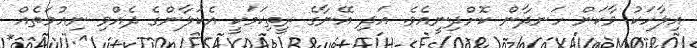
އިލާހަކު ވާކަން ހަނދާން ކޮށްދިނީއެވެ. އަދި އޭނާގެ ރީތިކަމަކީ އެކަލާންގެ ދެއްވި ނިޢުމަތެއް